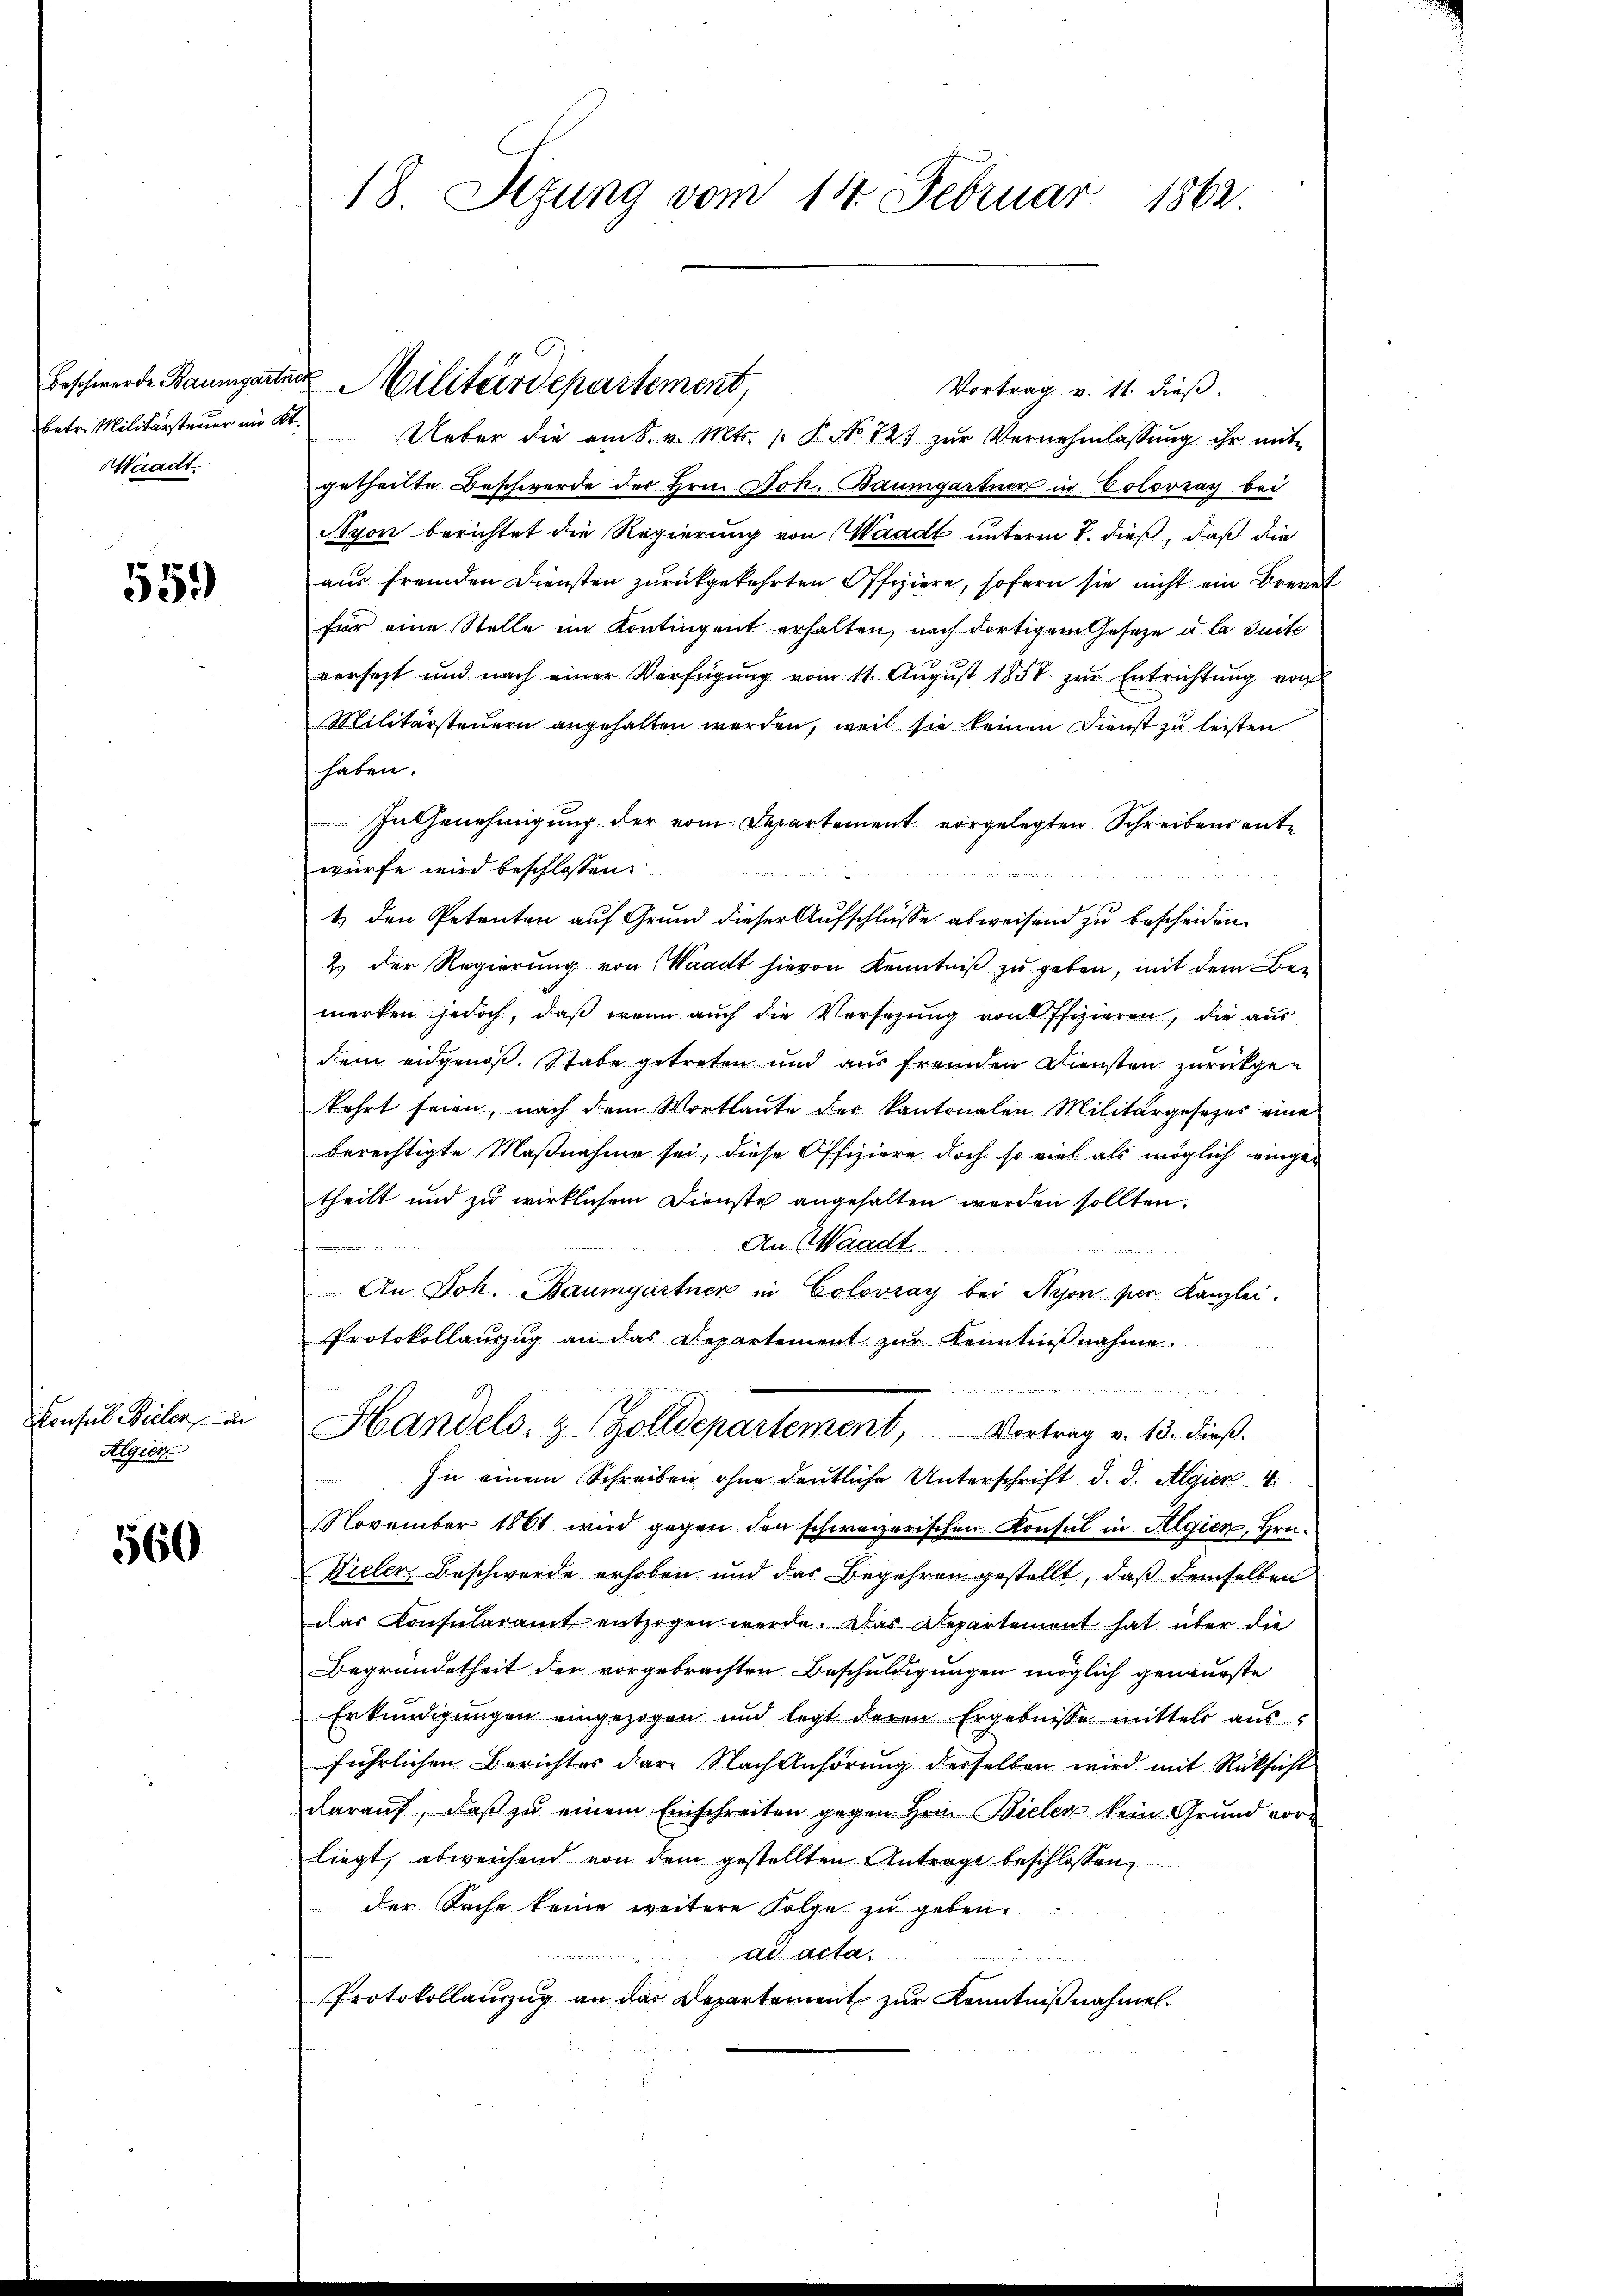
betr. Militärsteuer im Kt.
Waadt.

559)

Consul Bieler in
Algier

560

18. Sizung vom 14. Februar 1862

Vortrag v. 11. dieß.
Ueber die am 8. v. Mts. 1. P. No 121 zŭr Vernehmlassŭng ihr mit
getheilte Beschwerde der Hrn. Joh. Baumgartner in Colovray bei
Nyon berichtet die Regierung von Waadt unterm 7. dieß, daß die
aus fremden Diensten zurückgekehrten Offiziere, sofern sie nicht ein Brevet
für eine Stelle im Kontingent erhalten, nach dortigem Geseze u. la suite
versetzt und nach einer Verfügŭng vom 11. Aŭgŭst 1858 zŭr Entrichtŭng von
Militärsteuern angehalten werden, weil sie keinen Dienst zu leisten
haben.
In Genehmigung der vom Departement vorgelegten Schreibens entwürfe wird beschlossen:
1.) den Petenten auf Grund dieser Aufschlüsse abweisend zu bescheiden.
2.) Der Regierung von Waadt hievon Kenntniß zu geben, mit dem Bemerken jedoch, daß wenn auch die Versezung von ffizieren, die aus
dem eidgenoß. Stabe getreten und aus fremden Diensten zurückgen
kehrt seien, nach dem Wortlaute der kantonalen Militärgesezes eine
berechtigte Maßnahme sei, diese Offiziere doch so viel als möglich eingetheilt und zu wirklichem Dienste angehalten werden sollten.
An Waadt.
An Joh. Baumgartner in Colovray bei Nyon per. Kanzlei.
Protokollauszug an das Departement zŭr Kenntnißnahme.

Handels- & Zolldepartement, Vortrag v. 13. dieß.
In einem Schreiben ohne deutliche Unterschrift d. d. Algier 4
November 1861 wird gegen den schweizerischen Konsul in Algien, Hrn.
Bieler Beschwerde erhoben und das Begehren gestellt, daß demselben
das Konsularamt entzogen werde. Das Departement hat über die
Begründetheit der vorgebrachten Beschuldigungen möglich genaueste
Erkundigungen eingezogen und legt deren Ergebnisse mittel ausführlichen Berichter dar. Nach Anhörung derselben wird mit Rücksicht
darauf, daß zu einem Einschreiten gegen Hrn. Bieler kein Grund vor
liegt, abweichend von dem gestellten Antrage beschlossen,
der Sache keine weitere Folge zu geben.
ad acta.
de
Protokollauszug an das Departement zur Kenntnißnahmen.

Beschwerde Baumgarten Militärdepartement,